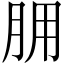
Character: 𦙸